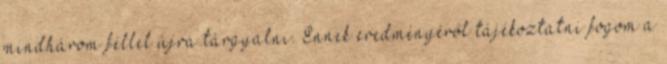
mindhárom féllel újra tárgyalni. Ennek eredményéről tájékoztatni fogom a